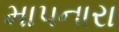
માપનારા